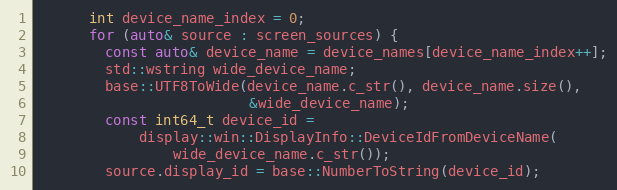
Language: C++
      int device_name_index = 0;
      for (auto& source : screen_sources) {
        const auto& device_name = device_names[device_name_index++];
        std::wstring wide_device_name;
        base::UTF8ToWide(device_name.c_str(), device_name.size(),
                         &wide_device_name);
        const int64_t device_id =
            display::win::DisplayInfo::DeviceIdFromDeviceName(
                wide_device_name.c_str());
        source.display_id = base::NumberToString(device_id);